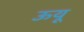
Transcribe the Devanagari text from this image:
ऊयू